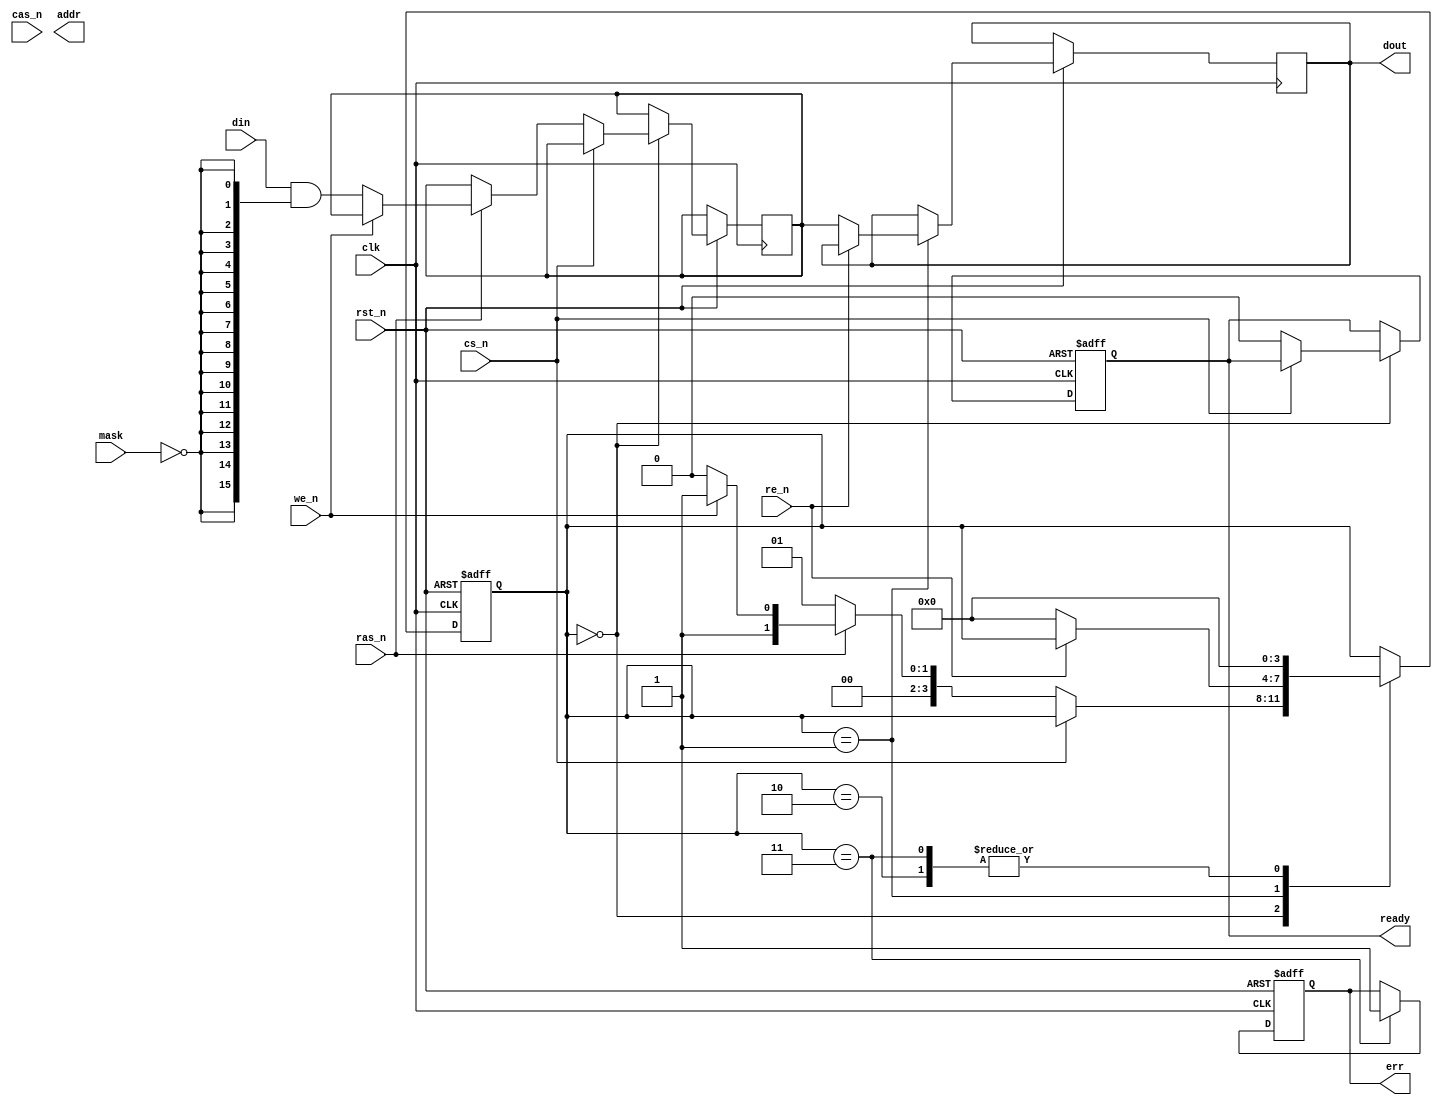
module dram_io_block (
    input  wire        clk,      // System clock
    input  wire        rst_n,    // Active low reset
    input  wire        cs_n,     // Chip Select (active low)
    input  wire        ras_n,    // Row Address Strobe (active low)
    input  wire        cas_n,    // Column Address Strobe (active low)
    input  wire        we_n,      // Write Enable (active low)
    input  wire        re_n,      // Read Enable (active low)
    input  wire [15:0] din,      // Data input
    output reg  [15:0] dout,     // Data output
    output reg         ready,     // Ready signal
    output reg  [7:0] addr,      // Address output
    output reg         err,       // Error flag
    input  wire        mask       // Data mask for write operations
);

// Internal registers
reg [15:0] data_buffer;          // Buffer for incoming data
reg [7:0] address_latch;         // Address latch
reg [3:0] state;                 // State machine

localparam IDLE      = 4'd0;
localparam READ      = 4'd1;
localparam WRITE     = 4'd2;
localparam ERROR     = 4'd3;

// State machine for operation management
always @(posedge clk or negedge rst_n) begin
    if (!rst_n) begin
        state <= IDLE;
        ready <= 1'b1;
        err <= 1'b0;
    end else begin
        case (state)
            IDLE: begin
                if (!cs_n) begin
                    if (!ras_n) begin
                        // Latch address on RAS
                        address_latch <= addr;
                        state <= READ;
                    end else if (!we_n) begin
                        // Capture data on WE for write
                        data_buffer <= din & {16{~mask}}; // Apply data mask
                        state <= WRITE;
                    end else begin
                        state <= ERROR;  // Undefined state
                    end
                    ready <= 1'b0;
                end
            end
            READ: begin
                if (!re_n) begin
                    dout <= data_buffer; // Output data on read
                    state <= IDLE;
                end
            end
            WRITE: begin
                // Here you would typically send data to the DRAM core
                // For simulation purposes, we'll just go back to IDLE
                state <= IDLE;
            end
            ERROR: begin
                err <= 1'b1; // Set error flag
                state <= IDLE;
            end
        endcase
    end
end

// Timing synchronization logic
// Implement timing delays as necessary for your design
// ...

endmodule